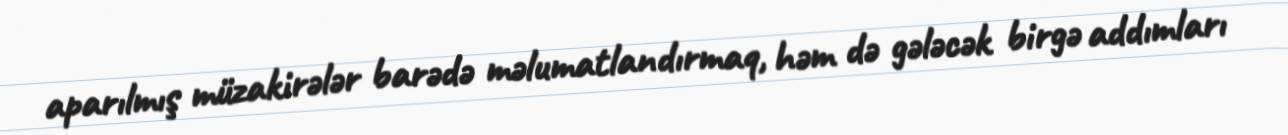
aparılmış müzakirələr barədə məlumatlandırmaq, həm də gələcək birgə addımları